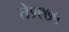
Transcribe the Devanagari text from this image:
ते१९७५